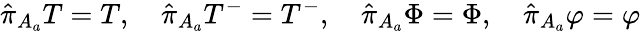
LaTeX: \hat{\pi}_{A_{a}}T=T,\quad\hat{\pi}_{A_{a}}T^{-}=T^{-},\quad\hat{\pi}_{A_{a}}\Phi=\Phi,\quad\hat{\pi}_{A_{a}}\varphi=\varphi